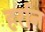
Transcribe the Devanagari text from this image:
हर्रान